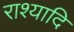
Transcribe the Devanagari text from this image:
राश्यादि